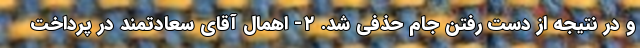
و در نتیجه از دست رفتن جام حذفی شد. ۲- اهمال آقای سعادتمند در پرداخت